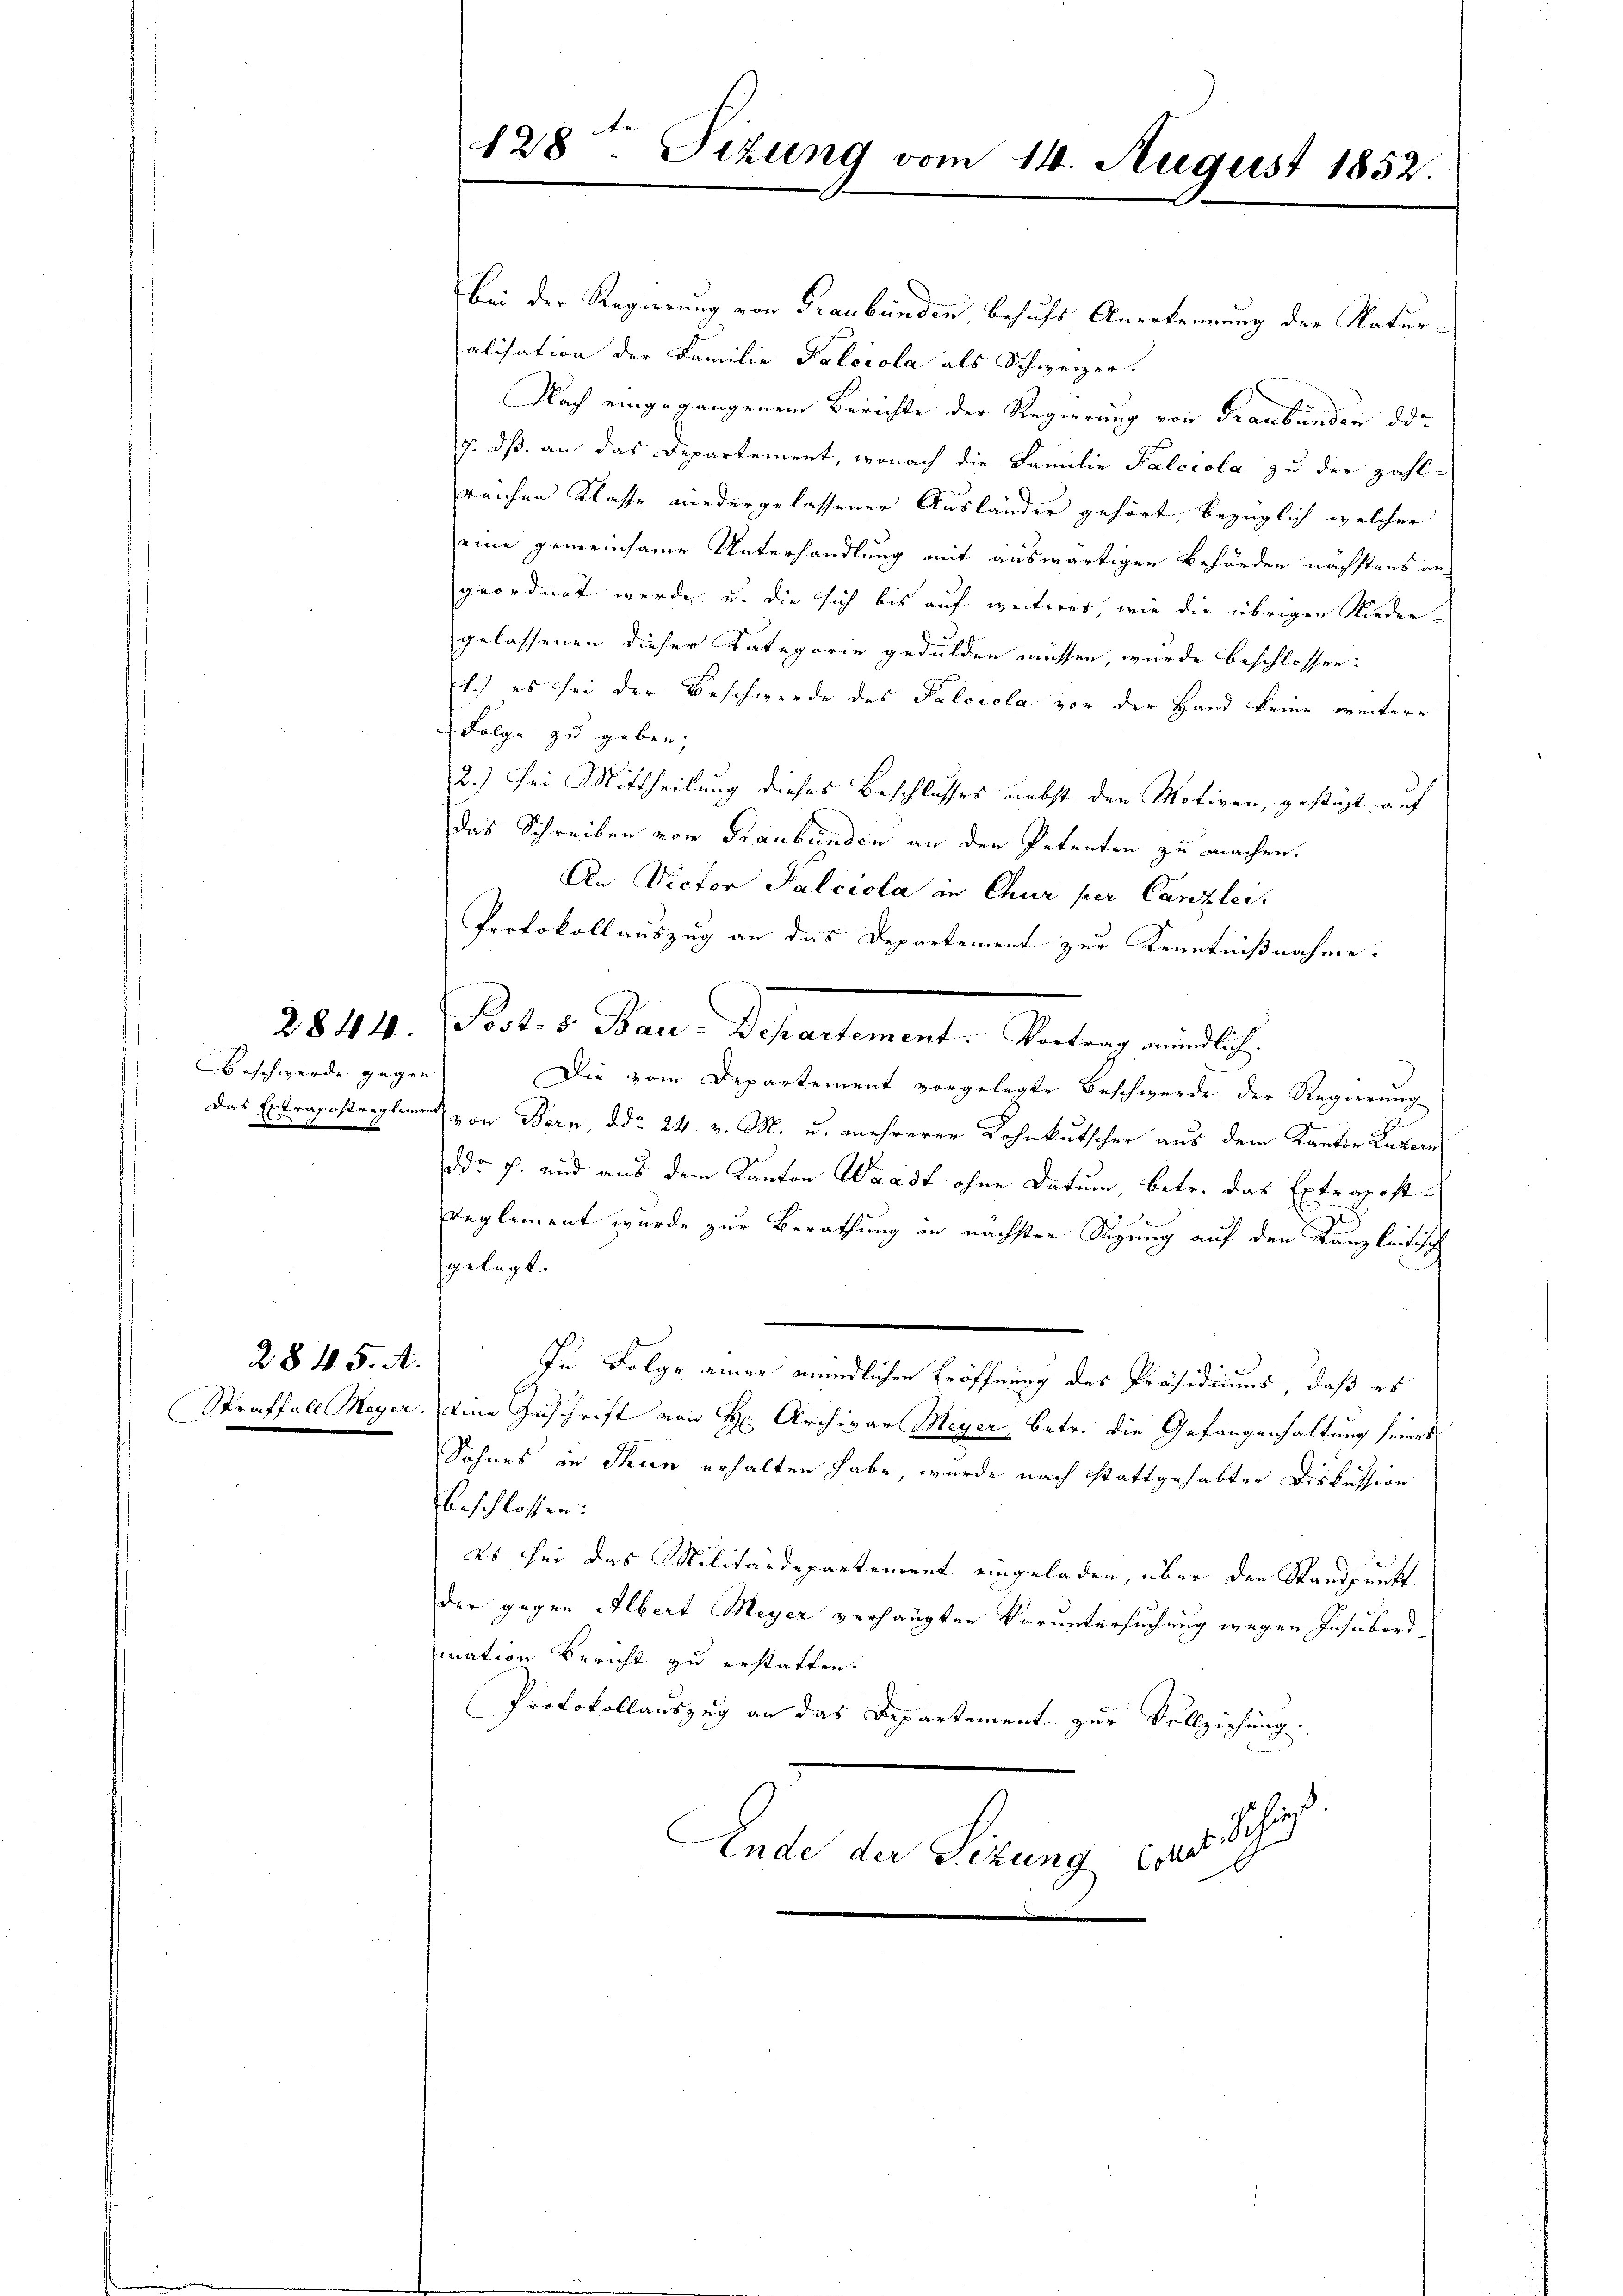
Beschwerde gegen

2845. A.

Bei der Regierung von Graubünden, besuchs Anerkennung der Naturalisation der Familie Falciola als Schweizer.
Nach eingegangenen Berichte der Regierung von Graubünden de
J. dß an das Departement, wonach die Familie Palccola zu der zahl-
reichen Klasse wiedergelassener Ausländer gehört, bezüglich welcher
eine gemeinsame Unterhandlung mit auswärtigen Behörden nächstens an
geordnet werden, u. die sich bis auf weiteres, wie die übrigen Niedergelassenen dieser Kategorie gedulden müssen, wurde beschlossen:
1.) es sei der Beschwerde des Palocola vor der Hand keine weitere
Folge zu geben,
2.) Sei Mittheilung dieses Beschlusses nebst den Motiven, gestüzt auf
das Schreiben von Graubünden an den Petenten zu machen.
An Victor Falciola in Chur per Canzlei.
Protokollauszug an das Departement zur Kenntnißnahme.
2844. P. Prot. v. Bauer. Separtement, Antrag und ich
Die vom Departement vorgelegte Beschwerde der Regierung
Das Extragestreglern von Bern, ddo 24. v. M. u. mehrerer Lohnkutscher aus dem Kanton Luzern
ddr p. und aus dem Kanton Waadt ohne Datum, betr. das Extrapost-
Reglement wurde zur Berathung in nächsten Sizung auf den Kanzleitisch
gelegt.
In Folge einer mündlichen Eröffnung des Präsidiums, daß es
Straffall Meyer eine Zuschrift von H. Archivar Meyer, betr. die Gefangenhaltung seiner
Sohnes in Thun erhalten habe, wurde nach stattgehabter Diskussion
beschlossen:
es sei das Militärdepartement eingeladen, über den Standpunkt
der gegen Albert Meyer verhängten Voruntersuchung wegen Insubordmation Bericht zu erstatten.
Protokollauszug an das Departement zur Vollziehung.
ic
Ende der Sitzung, das Sch

128. Sizung vom 14. August 1852.